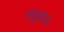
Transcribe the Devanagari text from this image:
राघुराज